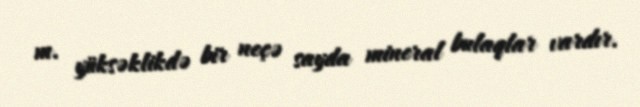
m. yüksəklikdə bir neçə sayda mineral bulaqlar vardır.